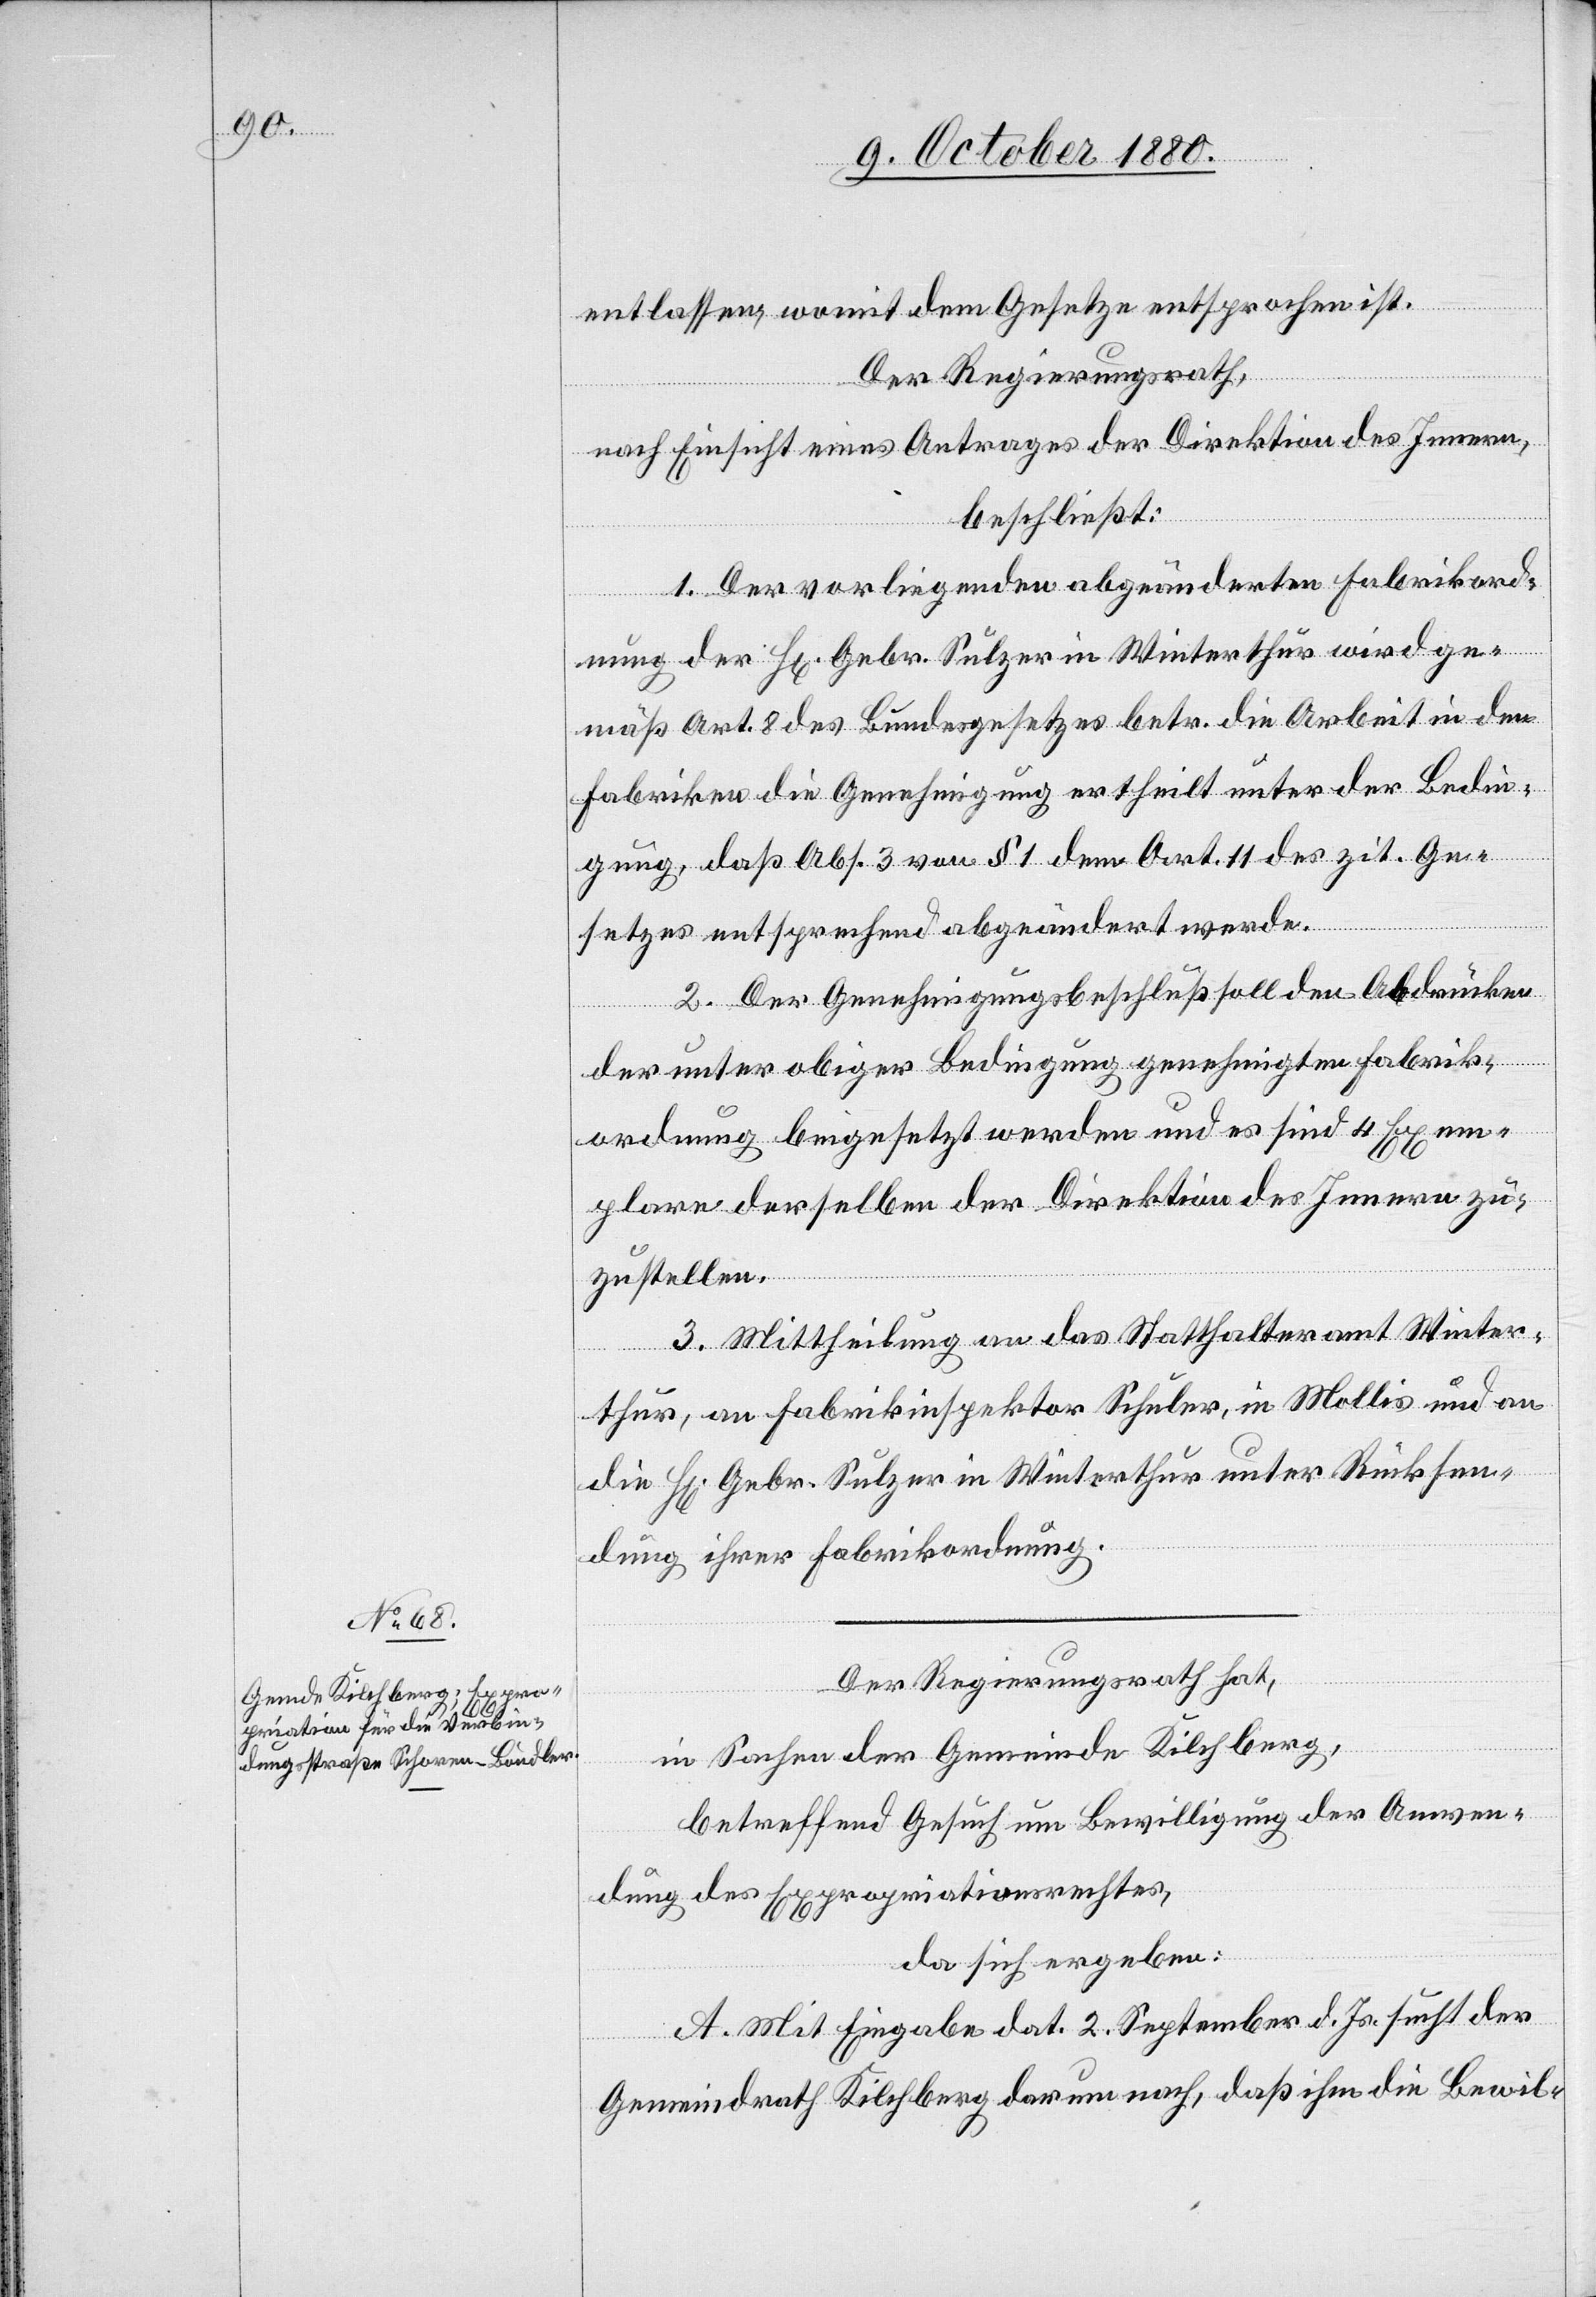
entlassen, womit dem Gesetze entsprochen ist.
Der Regierungsrath,
nach Einsicht eines Antrages der Direktion des Innern,
beschließt:
1. Der vorliegenden abgeänderten Fabrikord¬
nung der H[erren] Gebr. Sulzer in Winterthur wird ge¬
mäß Art. 8 des Bundesgesetzes betr. die Arbeit in den
Fabriken die Genehmigung ertheilt unter der Bedin¬
gung, daß Abs. 3 von § 1 dem Art. 11 des zit. Ge¬
setzes entsprechend abgeändert werde.
2. Der Genehmigungsbeschluß soll den Abdrücken
der unter obiger Bedingung genehmigten Fabrik¬
ordnung beigesetzt werden und es sind 4 Exem¬
plare derselben der Direktion des Innern zu¬
zustellen.
3. Mittheilung an das Statthalteramt Winter¬
thur, an Fabrikinspektor Schuler, in Mollis und an
die H[erren] Gebr. Sulzer in Winterthur unter Rücksen¬
dung ihrer Fabrikordnung.
Der Regierungsrath hat,
in Sachen der Gemeinde Kilchberg,
betreffend Gesuch um Bewilligung der Anwen¬
dung des Expropriationsrechtes,
da sich ergeben:
A. Mit Eingabe dat. 2. September d. Js. sucht der
Gemeindrath Kilchberg darum nach, daß ihm die Bewil-